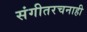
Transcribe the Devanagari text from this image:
संगीतरचनाही